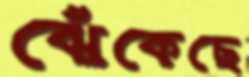
ঝেঁকেছে